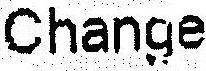
CHANGE